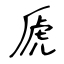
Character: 虒